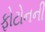
ફોટોનની